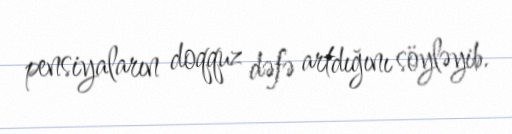
pensiyaların doqquz dəfə artdığını söyləyib.